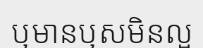
ឬមានឬសមិនល្អ